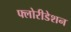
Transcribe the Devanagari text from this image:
फ्लोरीडेशन